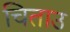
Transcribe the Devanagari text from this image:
चिताउ